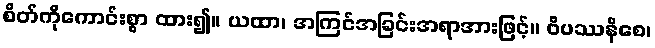
စိတ်ကိုကောင်းစွာ ထား၍။ ယထာ၊ အကြင်အခြင်းအရာအားဖြင့်။ ဝိပဿနိစေ၊